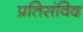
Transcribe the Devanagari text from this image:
प्रतिसंविद